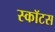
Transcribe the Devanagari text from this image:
स्कॉटस